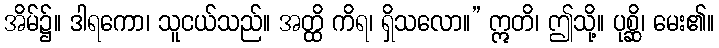
အိမ်၌။ ဒါရကော၊ သူငယ်သည်။ အတ္ထိ ကိရ၊ ရှိသလော။” ဣတိ၊ ဤသို့။ ပုစ္ဆိ၊ မေး၏။